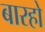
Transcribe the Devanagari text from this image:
बारहो